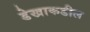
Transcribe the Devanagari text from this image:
डेखाकडील